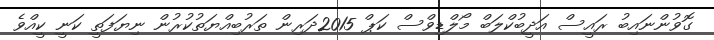
ގޮވުންނައިބު ރައީސް އަދީބުކްލަބް މޯލްޑިވްސް ކަޕް 2015ދަރިން ތަރުބިއްޔަތުކުރުން ނިޔަފަތީ ކަނީ ކީއްވެ